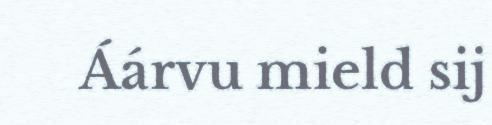
Áárvu mield sij